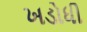
ખડોધી